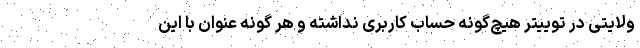
ولایتی در توییتر هیچ‌گونه حساب کاربری نداشته و هر گونه عنوان با این